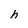
Character: h